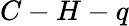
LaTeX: C-H-q